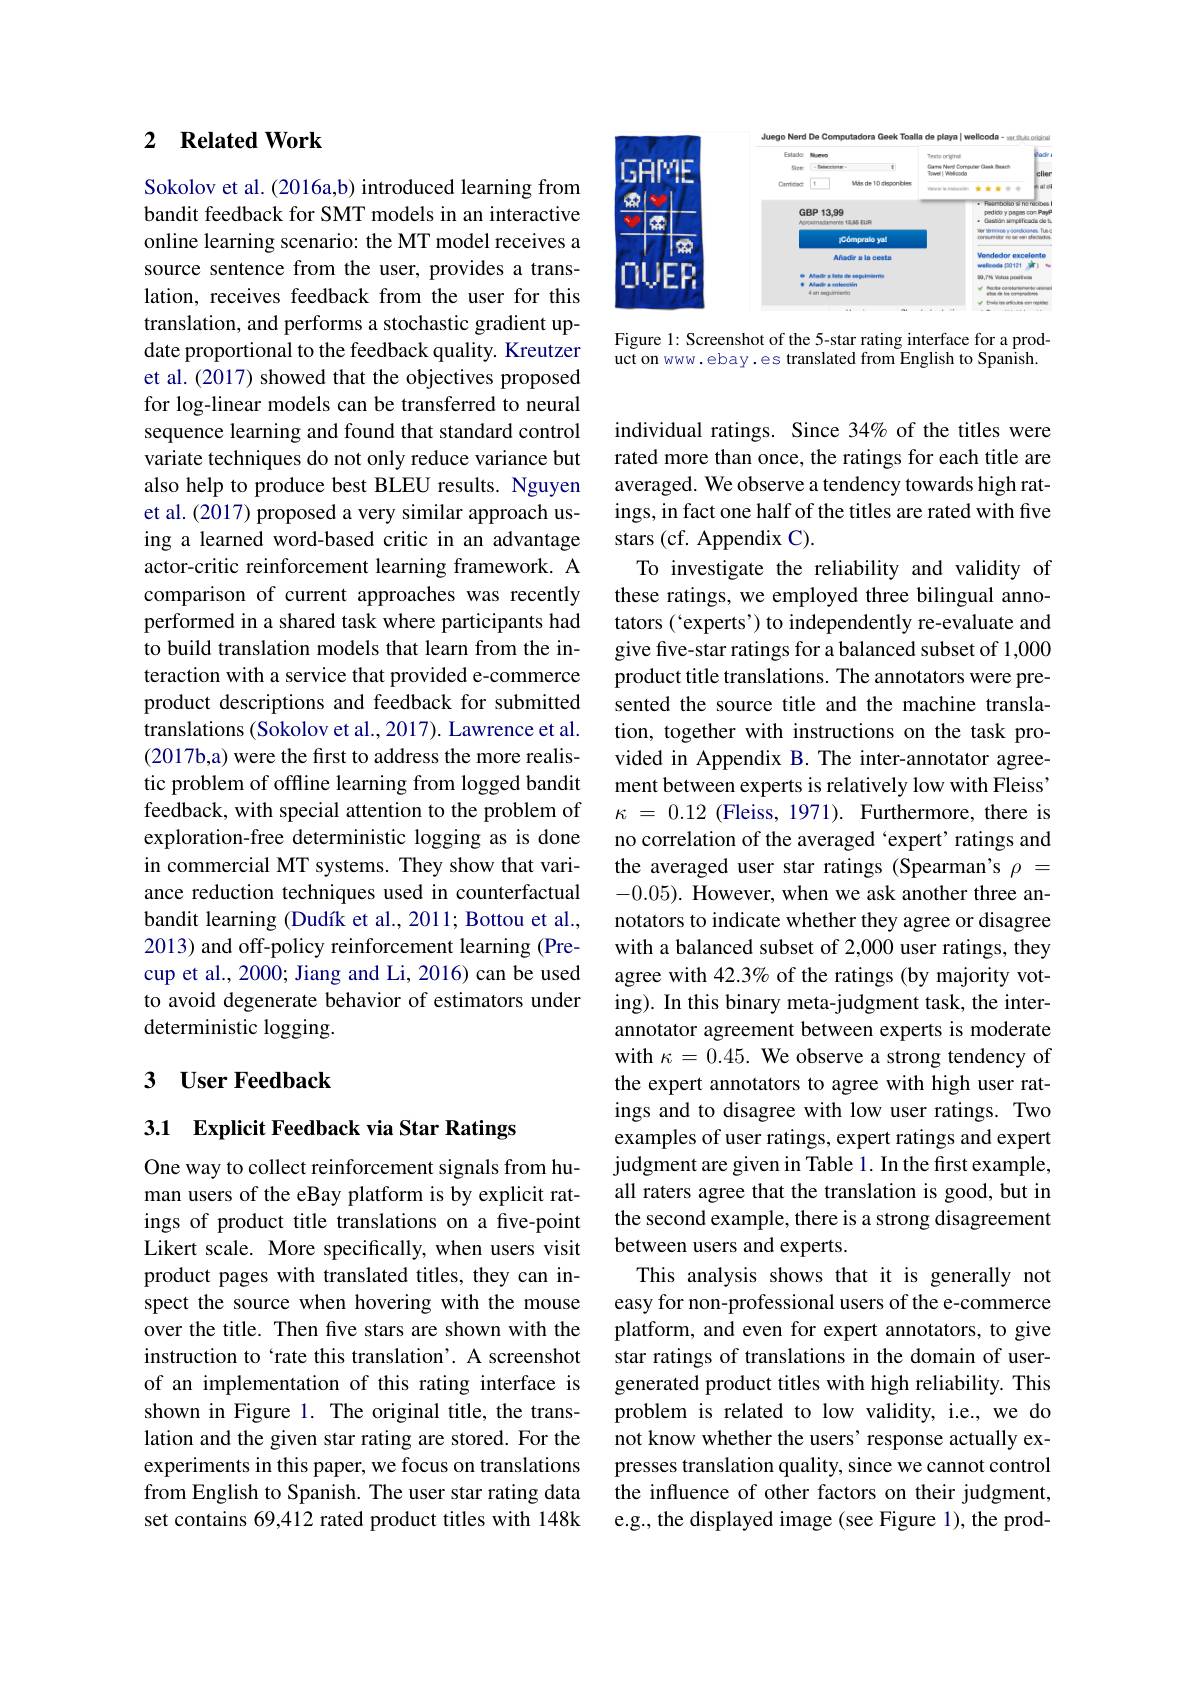
### 2 $\textbf{Related Work}$

Sokolov et al. (2016a,b) introduced learning from bandit feedback for SMT models in an interactive online learning scenario: the MT model receives a source sentence from the user, provides a translation, receives feedback from the user for this translation, and performs a stochastic gradient update proportional to the feedback quality. Kreutzer et al. (2017) showed that the objectives proposed for log-linear models can be transferred to neural sequence learning and found that standard control variate techniques do not only reduce variance but also help to produce best BLEU results. Nguyen et al. (2017) proposed a very similar approach using a learned word-based critic in an advantage actor-critic reinforcement learning framework. A comparison of current approaches was recently performed in a shared task where participants had to build translation models that learn from the interaction with a service that provided e-commerce product descriptions and feedback for submitted translations (Sokolov et al., 2017). Lawrence et al. (2017b,a) were the first to address the more realistic problem of offline learning from logged bandit feedback, with special attention to the problem of exploration-free deterministic logging as is done in commercial MT systems. They show that variance reduction techniques used in counterfactual bandit learning (Dudík et al., 2011; Bottou et al., 2013) and off-policy reinforcement learning (Precup et al., 2000; Jiang and Li, 2016) can be used to avoid degenerate behavior of estimators under deterministic logging.

## 3 $\textbf{User Feedback}$

3.1 Explicit Feedback via Star Ratings

One way to collect reinforcement signals from human users of the eBay platform is by explicit ratings of product title translations on a five-point Likert scale. More specifically, when users visit product pages with translated titles, they can inspect the source when hovering with the mouse over the title. Then five stars are shown with the instruction to‘rate this translation’. A screenshot of an implementation of this rating interface is shown in Figure 1. The original title, the translation and the given star rating are stored. For the experiments in this paper, we focus on translations from English to Spanish. The user star rating data set contains 69,412 rated product titles with 148k

<FigureHere>

Figure 1: Screenshot of the 5-star rating interface for a prod- $\bar{\text{uct on www.ebay.es translated from English to Spanish.}}$

individual ratings. Since 34% of the titles were rated more than once, the ratings for each title are averaged. We observe a tendency towards high ratings, in fact one half of the titles are rated with five stars (cf. Appendix C).
To investigate the reliability and validity of these ratings, we employed three bilingual annotators (`experts') to independently re-evaluate and give five-star ratings for a balanced subset of 1,000 product title translations. The annotators were presented the source title and the machine translation, together with instructions on the task provided in Appendix B. The inter-annotator agreement between experts is relatively low with Fleiss' $\kappa$ = 0.12 (Fleiss, 1971). Furthermore, there is no correlation of the averaged 'expert' ratings and the averaged user star ratings (Spearman's $\rho=$ -0.05). However, when we ask another three annotators to indicate whether they agree or disagree with a balanced subset of 2,000 user ratings, they agree with 42.3% of the ratings (by majority voting). In this binary meta-judgment task, the interannotator agreement between experts is moderate with $\kappa=0.45.$ We observe a strong tendency of the expert annotators to agree with high user ratings and to disagree with low user ratings. Two examples of user ratings, expert ratings and expert judgment are given in Table 1. In the first example, all raters agree that the translation is good, but in the second example, there is a strong disagreement between users and experts.
This analysis shows that it is generally not easy for non-professional users of the e-commerce platform, and even for expert annotators, to give star ratings of translations in the domain of usergenerated product titles with high reliability. This problem is related to low validity, i.e., we do not know whether the users' response actually expresses translation quality, since we cannot control the influence of other factors on their judgment, e.g., the displayed image (see Figure 1), the prod-